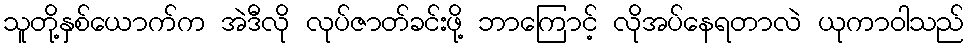
သူတို့နှစ်ယောက်က အဲဒီလို လုပ်ဇာတ်ခင်းဖို့ ဘာကြောင့် လိုအပ်နေရတာလဲ ယုကာဝါသည်